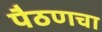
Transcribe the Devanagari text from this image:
पैठणचा